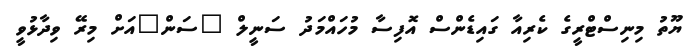
ޔޫތު މިނިސްޓްރީގެ ކެރިއާ ގައިޑެންސް އޮފިސާ މުހައްމަދު ސަނީލް "ސަން"އަށް މިރޭ ވިދާޅުވީ